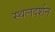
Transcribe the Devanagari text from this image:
स्थलदर्शन